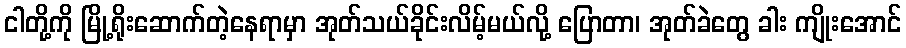
ငါတို့ကို မြို့ရိုးဆောက်တဲ့နေရာမှာ အုတ်သယ်ခိုင်းလိမ့်မယ်လို့ ပြောတာ၊ အုတ်ခဲတွေ ခါး ကျိုးအောင်